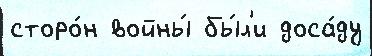
сторо́н войны́ бы́л'и доса́ду